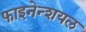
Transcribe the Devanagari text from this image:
फाइनेन्शयल